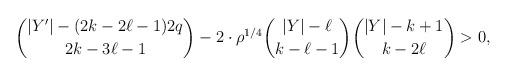
LaTeX: \begin{align*}\binom{|Y'| - (2k- 2\ell-1)2q}{2k - 3\ell - 1} - 2 \cdot {\rho}^{1/4}\binom{|Y|-\ell}{k-\ell-1} \binom{|Y| - k +1}{k- 2\ell} > 0,\end{align*}